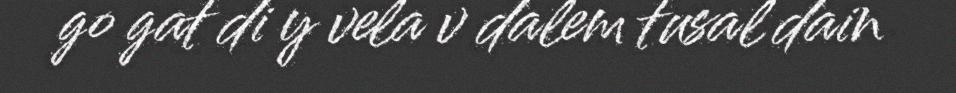
go gat di y vela v dalem tusal dain